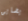
يضايق